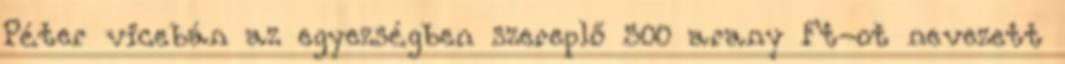
Péter vicebán az egyezségben szerep­lő 500 arany Ft-ot nevezett